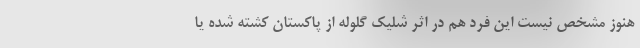
هنوز مشخص نیست این فرد هم در اثر شلیک گلوله از پاکستان کشته شده یا